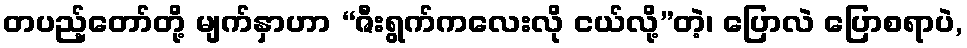
တပည့်တော်တို့ မျက်နှာဟာ “ဇီးရွက်ကလေးလို ငယ်လို့”တဲ့၊ ပြောလဲ ပြောစရာပဲ,